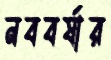
নববর্ষার